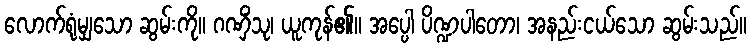
လောက်ရုံမျှသော ဆွမ်းကို။ ဂဏှိံသု၊ ယူကုန်၏။ အပ္ပေါ ပိဏ္ဍပါတော၊ အနည်းငယ်သော ဆွမ်းသည်။